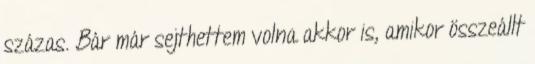
százas. Bár már sejthettem volna akkor is, amikor összeállt